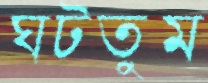
ঘটতুম